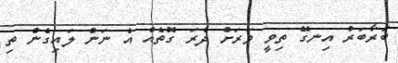
ބަރާބަރު އިނގޭ ތިވީ ވަރަށް ދެރަ ގޮތެއް އެ ނަން ލައިގެން ތި